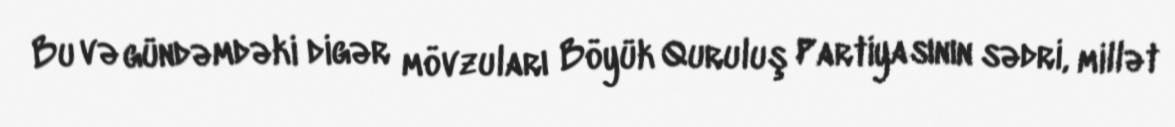
Bu və gündəmdəki digər mövzuları Böyük Quruluş Partiyasının sədri, millət